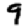
Digit: 9